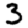
Digit: 3